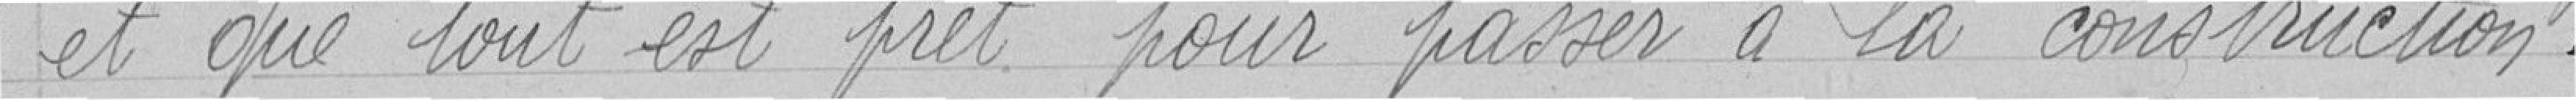
et que tout est prêt pour passer à la construction.